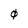
Character: 0